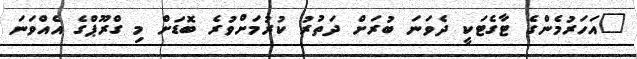
"އަހަރުމެންގެ ޓާގެޓަކީ ދެވަނަ ބުރަށް ދަތުރު ކުރުމަށްވުރެ ބޮޑަށް މި ގްރޫޕްގެ އެއްވަނަ